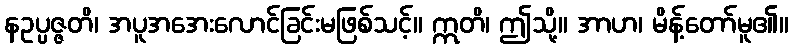
နဥပ္ပဇ္ဇတိ၊ အပူအအေးလောင်ခြင်းမဖြစ်သင့်။ ဣတိ၊ ဤသို့။ အာဟ၊ မိန့်တော်မူ၏။